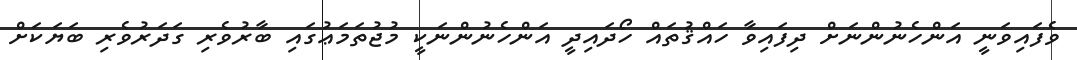
ވެފައިވަނީ އަންހެނުންނަށް ދިފައިވާ ހައްޤުތައް ހޯދައިދީ އަންހެނުންނަކީ މުޖުތަމަޢުގައި ބާރުވެރި ގަދަރުވެރި ބަޔަކަށް